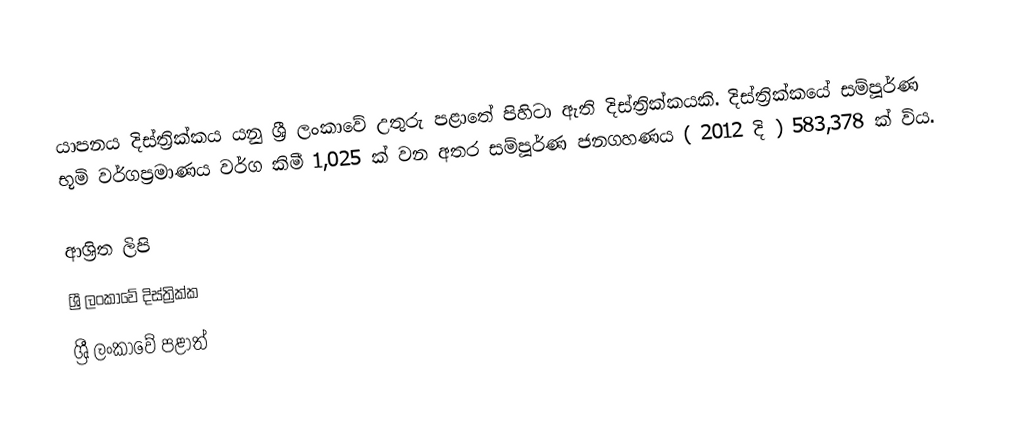
යාපනය දිස්ත්‍රික්කය යනු ශ්‍රී ලංකාවේ උතුරු  පළාතේ පිහිටා ඇති දිස්ත්‍රික්කයකි. දිස්ත්‍රික්කයේ සම්පූර්ණ භූමි වර්ගප්‍රමාණය වර්ග කිමී 1,025 ක් වන අතර සම්පූර්ණ ජනගහණය ( 2012 දි ) 583,378 ක් විය.

ආශ්‍රිත ලිපි
ශ්‍රී ලංකාවේ දිස්ත්‍රික්ක
ශ්‍රී ලංකාවේ පළාත්